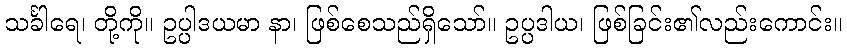
သင်္ခါရေ၊ တို့ကို။ ဥပ္ပါဒယမာ နာ၊ ဖြစ်စေသည်ရှိသော်။ ဥပ္ပဒါယ၊ ဖြစ်ခြင်း၏လည်းကောင်း။